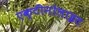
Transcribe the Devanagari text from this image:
एक्टीनोलाइट